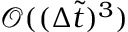
\mathscr { O } ( ( \Delta \tilde { t } ) ^ { 3 } )